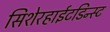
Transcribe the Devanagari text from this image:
सिशेरहाईटडिन्स्ट